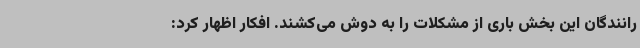
رانندگان این بخش باری از مشکلات را به دوش می‌کشند. افکار اظهار کرد: